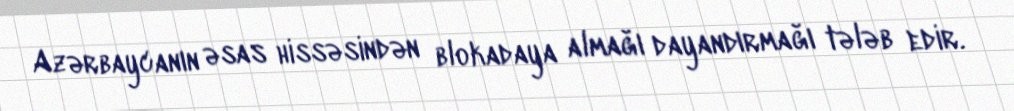
Azərbaycanın əsas hissəsindən blokadaya almağı dayandırmağı tələb edir.